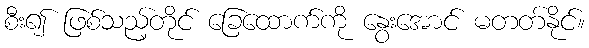
စီး၍ ဖြစ်သည့်တိုင် ခြေထောက်ကို နွေးအောင် မတတ်နိုင်။